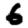
Digit: 6